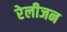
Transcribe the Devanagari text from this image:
रेलीजन